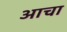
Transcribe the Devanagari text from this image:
आचा